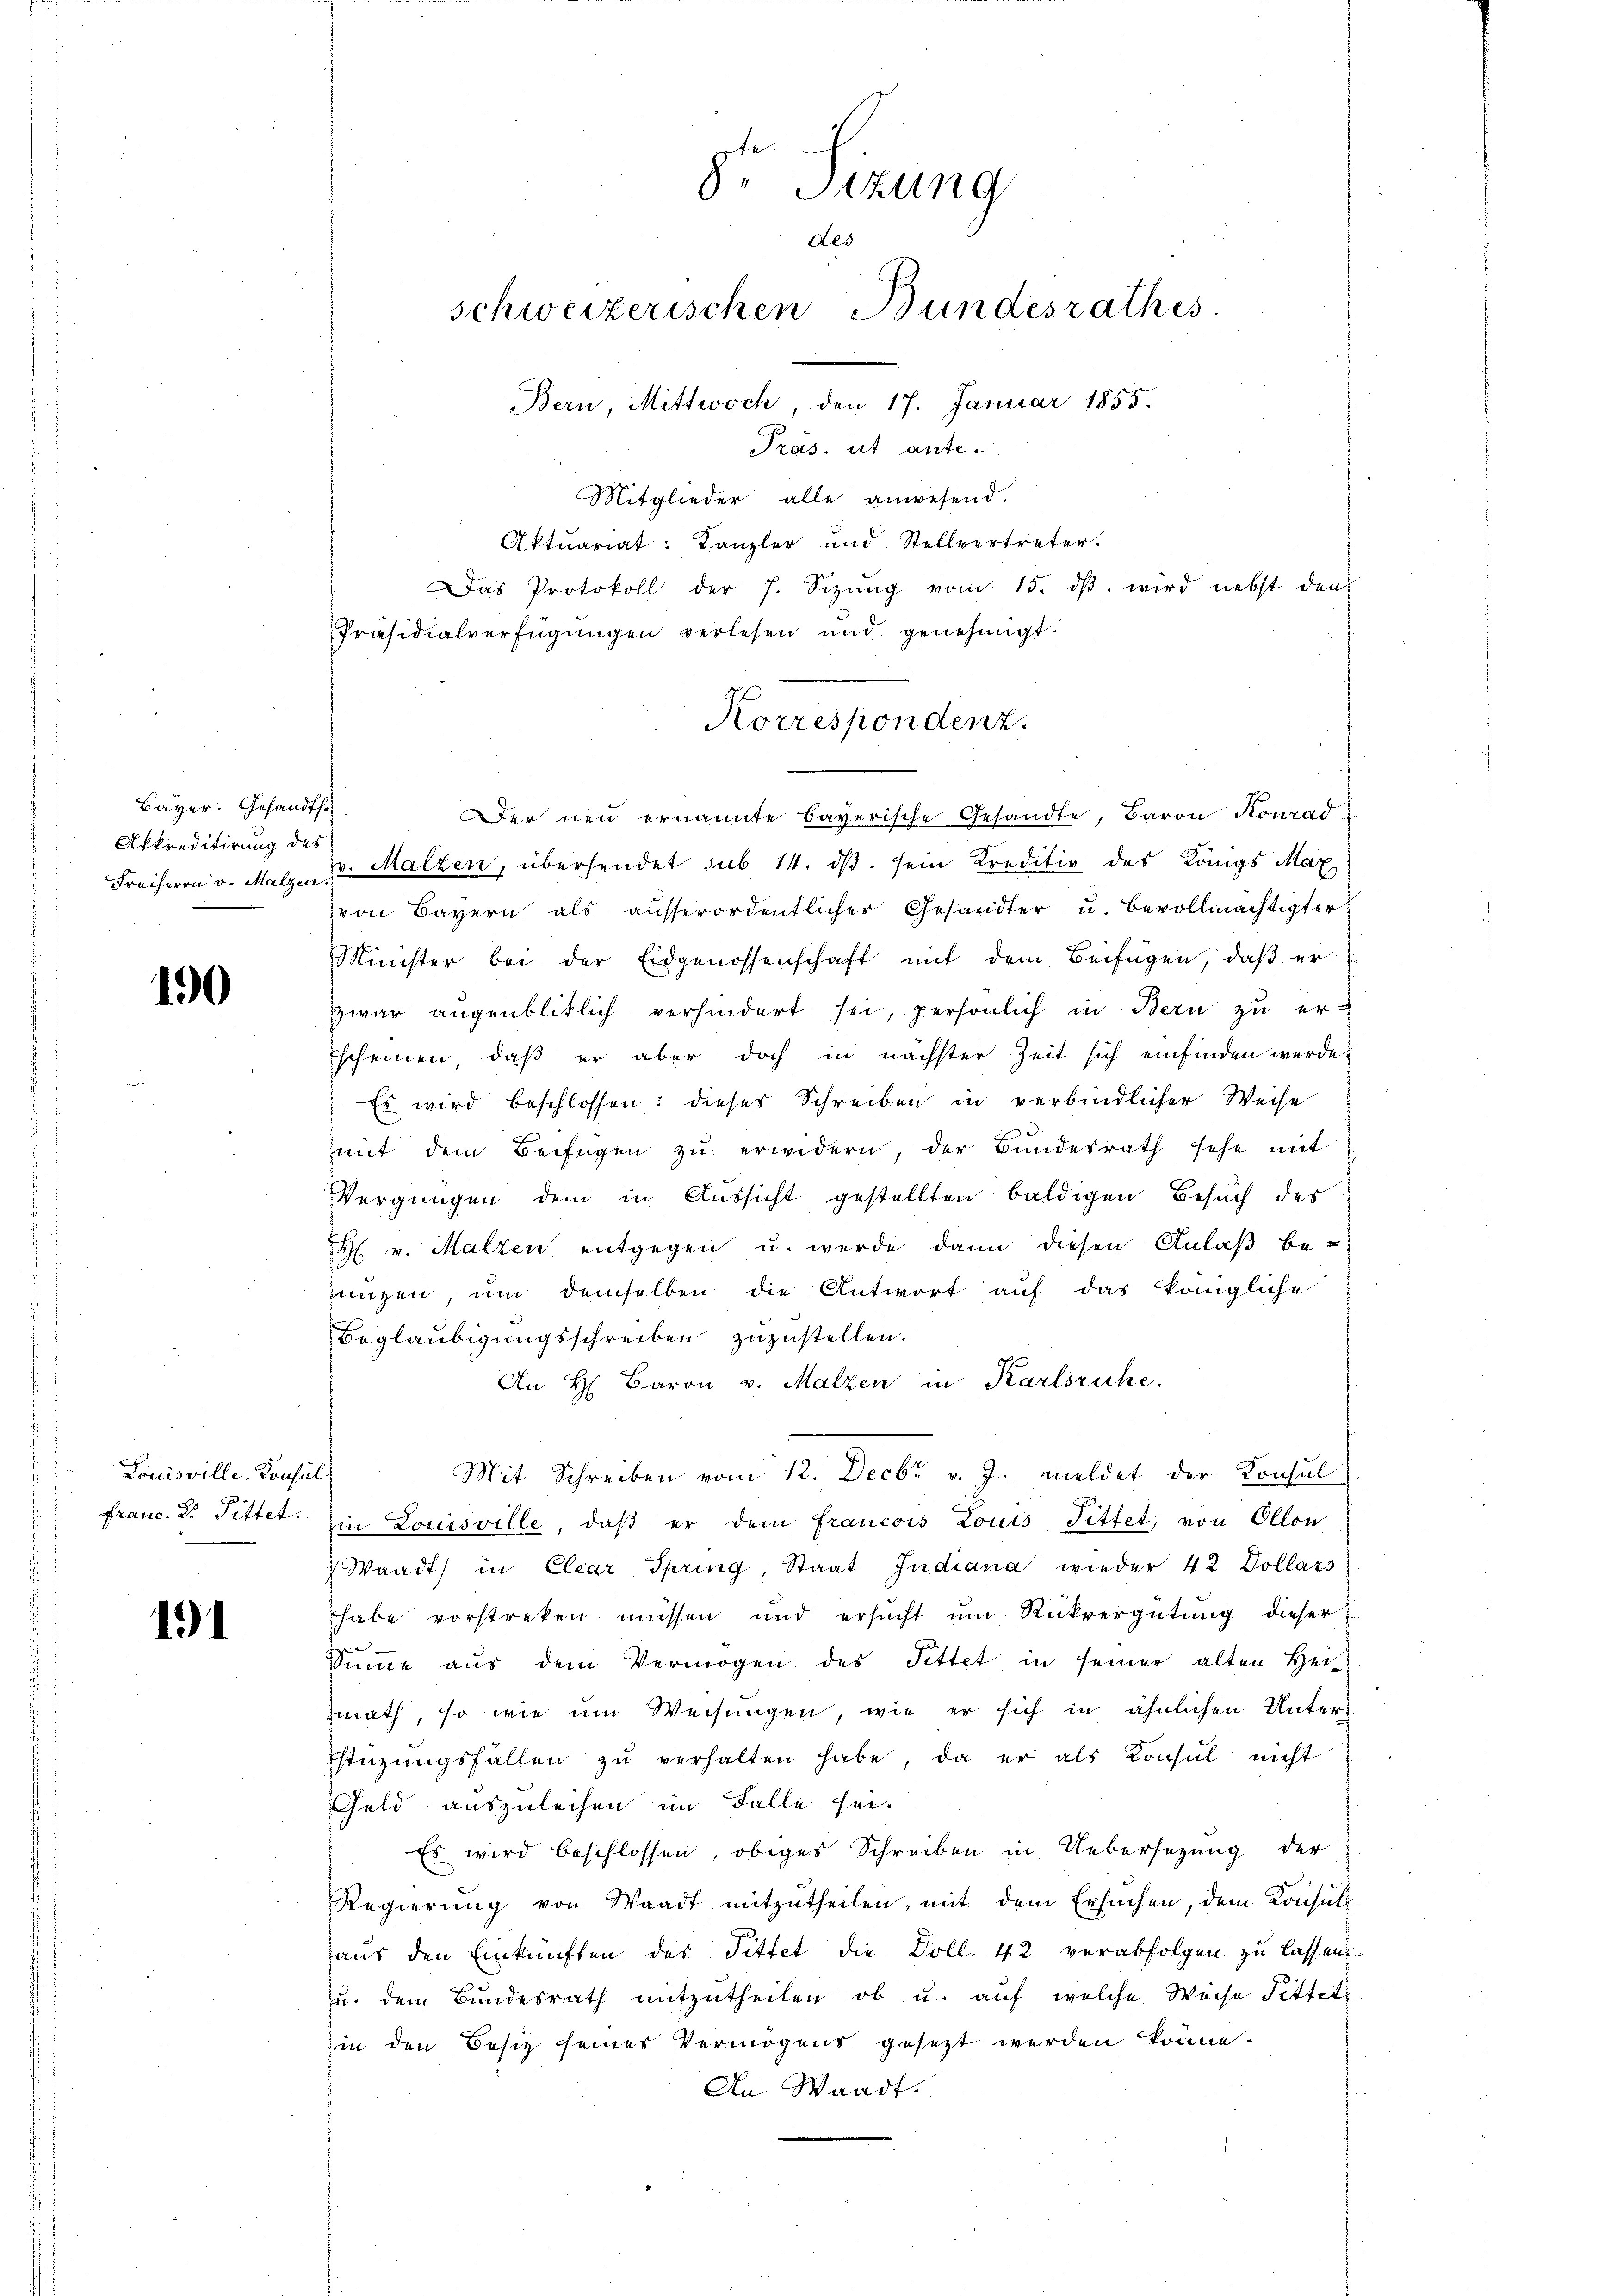
Bayer. Gesandtsc
Akkreditirung des
Freiherrn v. Malzen.

190

Louisville. Konsul

191

e
8. Sizung
des
schweizerischen Bundesrathes
Bern, Mittwoch, den 17. Januar 1855.
Präs. ut ante.

Mitglieder alle anwesend.
Aktuariat: Kanzler und Stellvertreter.
Das Protokoll der 7. Sitzŭng vom 15. dβ wird nebst den
Präsidialverfügŭngen verlesen und genehmigt.

Korrespondenz.

Der neu ernannte bayerische Gesandte, Baron Konrad
zu. Malzen, übersendet sub 14. dβ. sein Kreditiv des Königs Max
von Bayern als ausserordentlicher Gesandter u. Bevollmächtigter
Minister bei der Eidgenossenschaft mit dem Beifügen, daß er
zwar augenbliklich verhindert sei, persönlich in Bern zu er-
Escheinen, daß er aber doch in nächster Zeit sich einfinden würde,
Es wird beschlossen: dieses Schreiben in verbindlicher Weise
mmit dem Beifügen zŭ erwidern, der Bŭndesrath sehe mit
Vergnügen dem in Aussicht gestellten baldigen Besuch des
H v. Malzen entgegen u. werde dann diesen Anlaβ be-
ungen, ŭm demselben die Antwort auf das königliche
Beglaubigungsschreiben zuzustellen.
An H. Baron v. Malzen in Karlsruhe.
Mit Schreiben vom 12. Decbr v. J. meldet der Konsul
Franc. Dr. Tittet. Ein Louisville, daβ er dem francois Louis Fittet, von Ollon
 Waadt in Elear Spring, Staat Indiana wieder 42. Dollars
habe vorstreken müssen und ersucht um Rückvergütung dieser
e
Sŭṁe aŭs dem Vermögen des Pittet in seiner alten Hei
math, so wie um Weisungen, wie er sich in ähnlichen Unter
Estüzungsfällen zŭ verhalten habe, da er als Konsul nicht
Geld auszuleihen im Falle sei.
Es wird beschlossen, obiges Schreiben in Uebersezung der
Regierŭng von Waadt mitzŭtheilen, mit dem Ersuchen, dem Konsuls
aŭs den Einkünften des Tittet die Doll. 42 verabfolgen zu lassen,
zŭ dem Bŭndesrath mitzŭtheilen ob u. aŭf welche Weise Fittete
hin den Besitz seines Vermögens gesezt werden könne.
An Waadt.